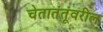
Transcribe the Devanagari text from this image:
चेतातंतूंवरील